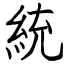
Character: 統